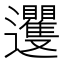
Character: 䢲